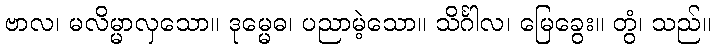
ဗာလ၊ မလိမ္မာလှသော။ ဒုမ္မေဓ၊ ပညာမဲ့သော။ သိင်္ဂါလ၊ မြေခွေး။ တွံ၊ သည်။